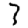
Digit: 3